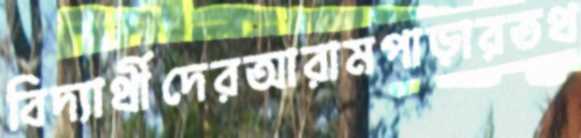
বিদ্যার্থীদেরআরামপাড়ারতথ